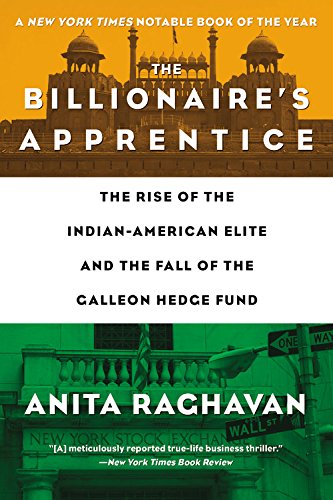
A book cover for The Billionaire's Apprentice: The Rise of The Indian-American Elite and The Fall of The Galleon Hedge Fund; Anita Raghavan; Business & Money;